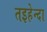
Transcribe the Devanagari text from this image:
तइहेन्दा